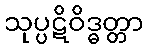
သုပ္ပဋိဝိဒ္ဓတ္တာ